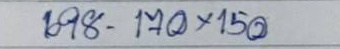
698 - 170 x 150